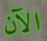
الآن